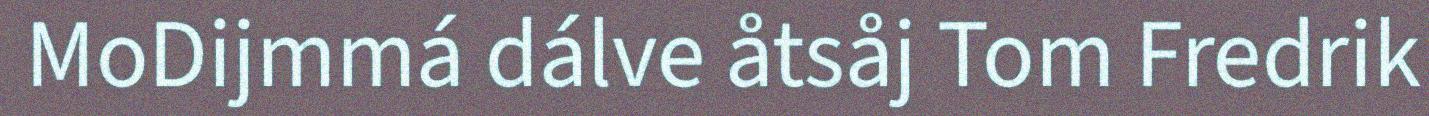
MoDijmmá dálve åtsåj Tom Fredrik